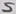
Text: S